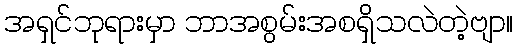
အရှင်ဘုရားမှာ ဘာအစွမ်းအစရှိသလဲတဲ့ဗျာ။